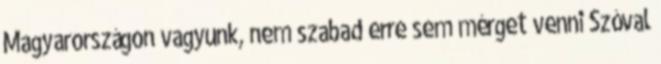
Magyarországon vagyunk, nem szabad erre sem mérget venni Szóval